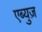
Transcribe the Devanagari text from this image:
एब्युज़